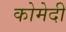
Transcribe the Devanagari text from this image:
कोमेदी